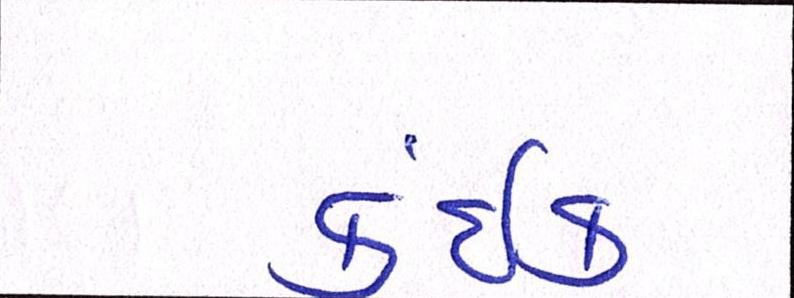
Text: કંઈક